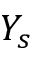
Y _ { s }